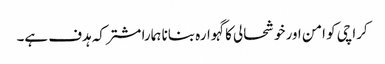
کراچی کو امن اور خوشحالی کا گہوارہ بنانا ہمارا مشترکہ ہدف ہے۔